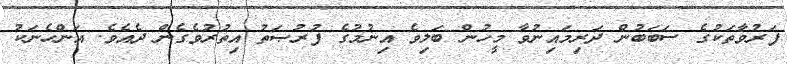
ފަރުވާތަކުގެ ސަބަބުން ދަރިމައިނުވާ މީހުން ބަލިވެ އިނުމުގެ ފުރުޞަތު އިތުރުވެގެން ދެއެވެ. އަންހެނަކު